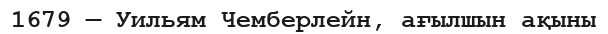
1679 — Уильям Чемберлейн, ағылшын ақыны